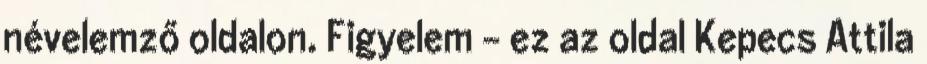
névelemző oldalon. Figyelem - ez az oldal Kepecs Attila